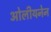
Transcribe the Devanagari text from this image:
ओलीयनेन